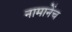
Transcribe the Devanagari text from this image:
नामानेंच